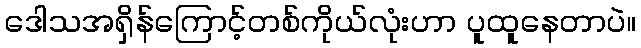
ဒေါသအရှိန်ကြောင့်တစ်ကိုယ်လုံးဟာ ပူထူနေတာပဲ။